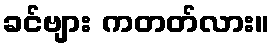
ခင်ဗျား ကတတ်လား။